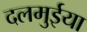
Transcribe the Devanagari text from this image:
दलमुईया